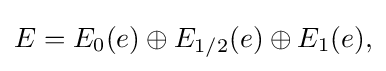
\displaystyle {E=E_{0}(e)\oplus E_{1/2}(e)\oplus E_{1}(e),}